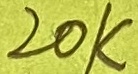
Text: 20K